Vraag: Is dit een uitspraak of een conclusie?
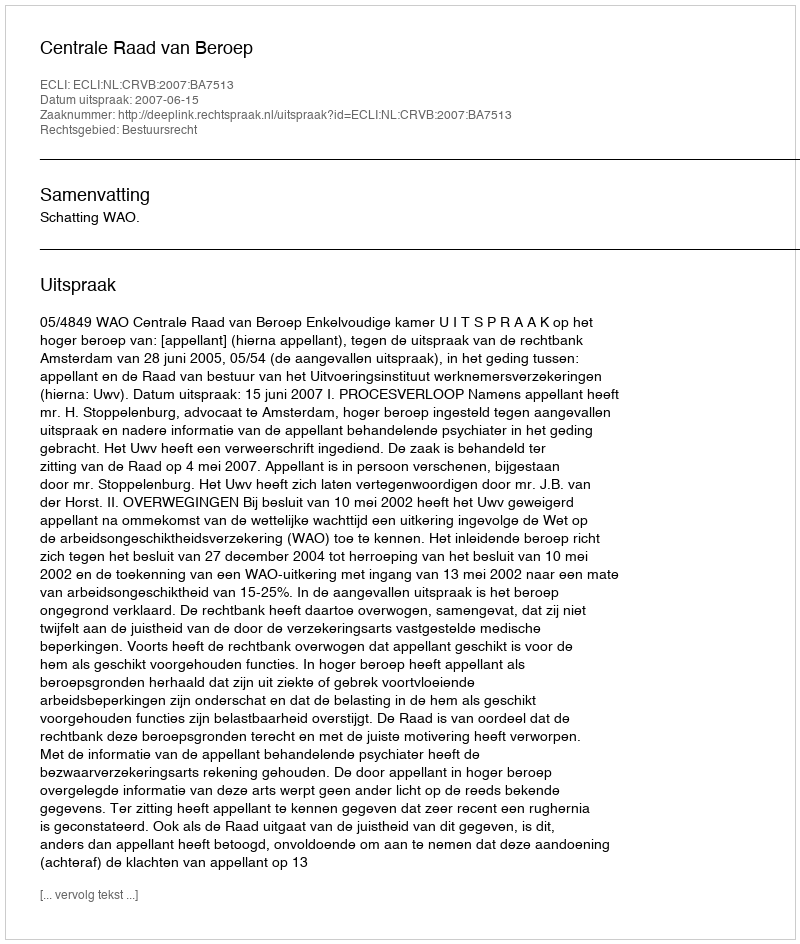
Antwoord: Uitspraak